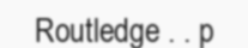
Routledge . . p